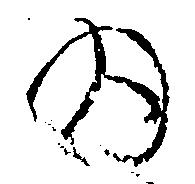
為